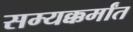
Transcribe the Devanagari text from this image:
सम्यक्कर्मांत